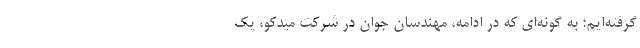
گرفته‌ایم؛ به گونه‌ای كه در ادامه، مهندسان جوان در شركت میدكو، یك